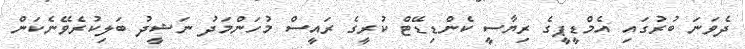
ދެވަނަ ބުރުގައި އެމްޑީޕީގެ ރިޔާސީ ކެންޑިޑޭޓް ކުރީގެ ރައީސް މުހަންމަދު ނަޝީދު ބަލިކުރެވޭނެކަން